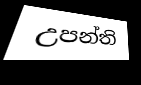
උපන්ති